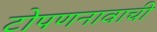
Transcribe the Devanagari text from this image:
टोपणनावाची